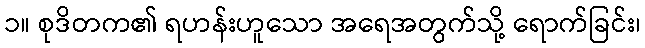
၁။ စုဒိတက၏ ရဟန်းဟူသော အရေအတွက်သို့ ရောက်ခြင်း၊